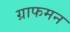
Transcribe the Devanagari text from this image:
ग्राफमन